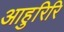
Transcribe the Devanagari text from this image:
आहुरिरि